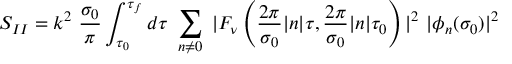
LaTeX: S _ { I I } = k ^ { 2 } ~ \frac { \sigma _ { 0 } } { \pi } \int _ { \tau _ { 0 } } ^ { \tau _ { f } } d \tau ~ \sum _ { n \neq 0 } ^ { } ~ | F _ { \nu } \left( \frac { 2 \pi } { \sigma _ { 0 } } | n | \tau , \frac { 2 \pi } { \sigma _ { 0 } } | n | \tau _ { 0 } \right) | ^ { 2 } ~ | \phi _ { n } ( \sigma _ { 0 } ) | ^ { 2 }